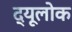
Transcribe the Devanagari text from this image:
द्यूलोक